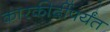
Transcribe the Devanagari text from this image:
कारकीर्दीपर्यंत